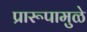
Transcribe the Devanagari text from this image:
प्रारूपामुळे